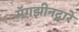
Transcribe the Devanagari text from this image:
मॅगझीनद्वारे